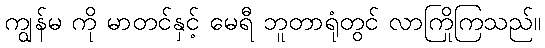
ကျွန်မ ကို မာတင်နှင့် မေရီ ဘူတာရုံတွင် လာကြိုကြသည်။